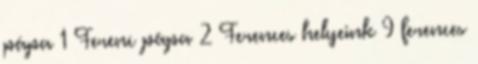
pápa 1 Ferenc pápa 2 Ferences helyeink 9 ferences